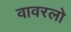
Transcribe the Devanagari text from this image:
वावरलो